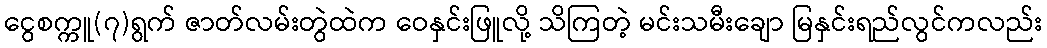
ငွေစက္ကူ(၇)ရွက် ဇာတ်လမ်းတွဲထဲက ဝေနှင်းဖြူလို့ သိကြတဲ့ မင်းသမီးချော မြနှင်းရည်လွင်ကလည်း